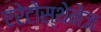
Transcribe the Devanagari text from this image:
एरेटोस्थेनेज